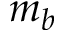
m _ { b }